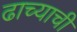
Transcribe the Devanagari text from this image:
ढाच्याची